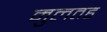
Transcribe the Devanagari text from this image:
मुलतह